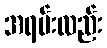
အရမ်းလည်း